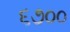
૬૭૦૦